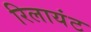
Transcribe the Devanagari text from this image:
रिलायंट